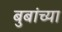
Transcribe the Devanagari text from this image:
बुबांच्या